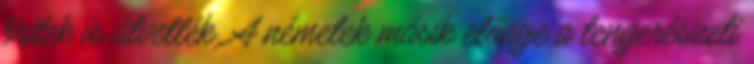
britek is átvették. A németek másik előnye a tengerészeti